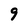
Character: 9